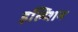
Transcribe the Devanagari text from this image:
इल्य्शिन